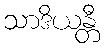
သာဒိယန္တီ